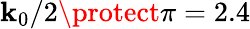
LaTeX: \mathbf{k}_{0}/2\protect\pi=2.4